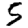
Digit: 5